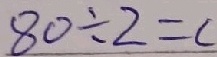
8 0 \div 2 = c